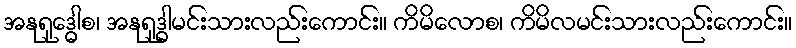
အနုရုဒ္ဓေါစ၊ အနုရုဒ္ဓါမင်းသားလည်းကောင်း။ ကိမိလောစ၊ ကိမိလမင်းသားလည်းကောင်း။